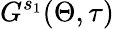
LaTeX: G^{s_{1}}(\Theta,\tau)